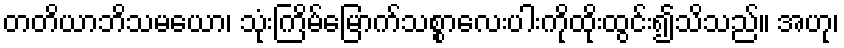
တတိယာဘိသမယော၊ သုံးကြိမ်မြောက်သစ္စာလေးပါးကိုထိုးထွင်း၍သိသည်။ အဟု၊